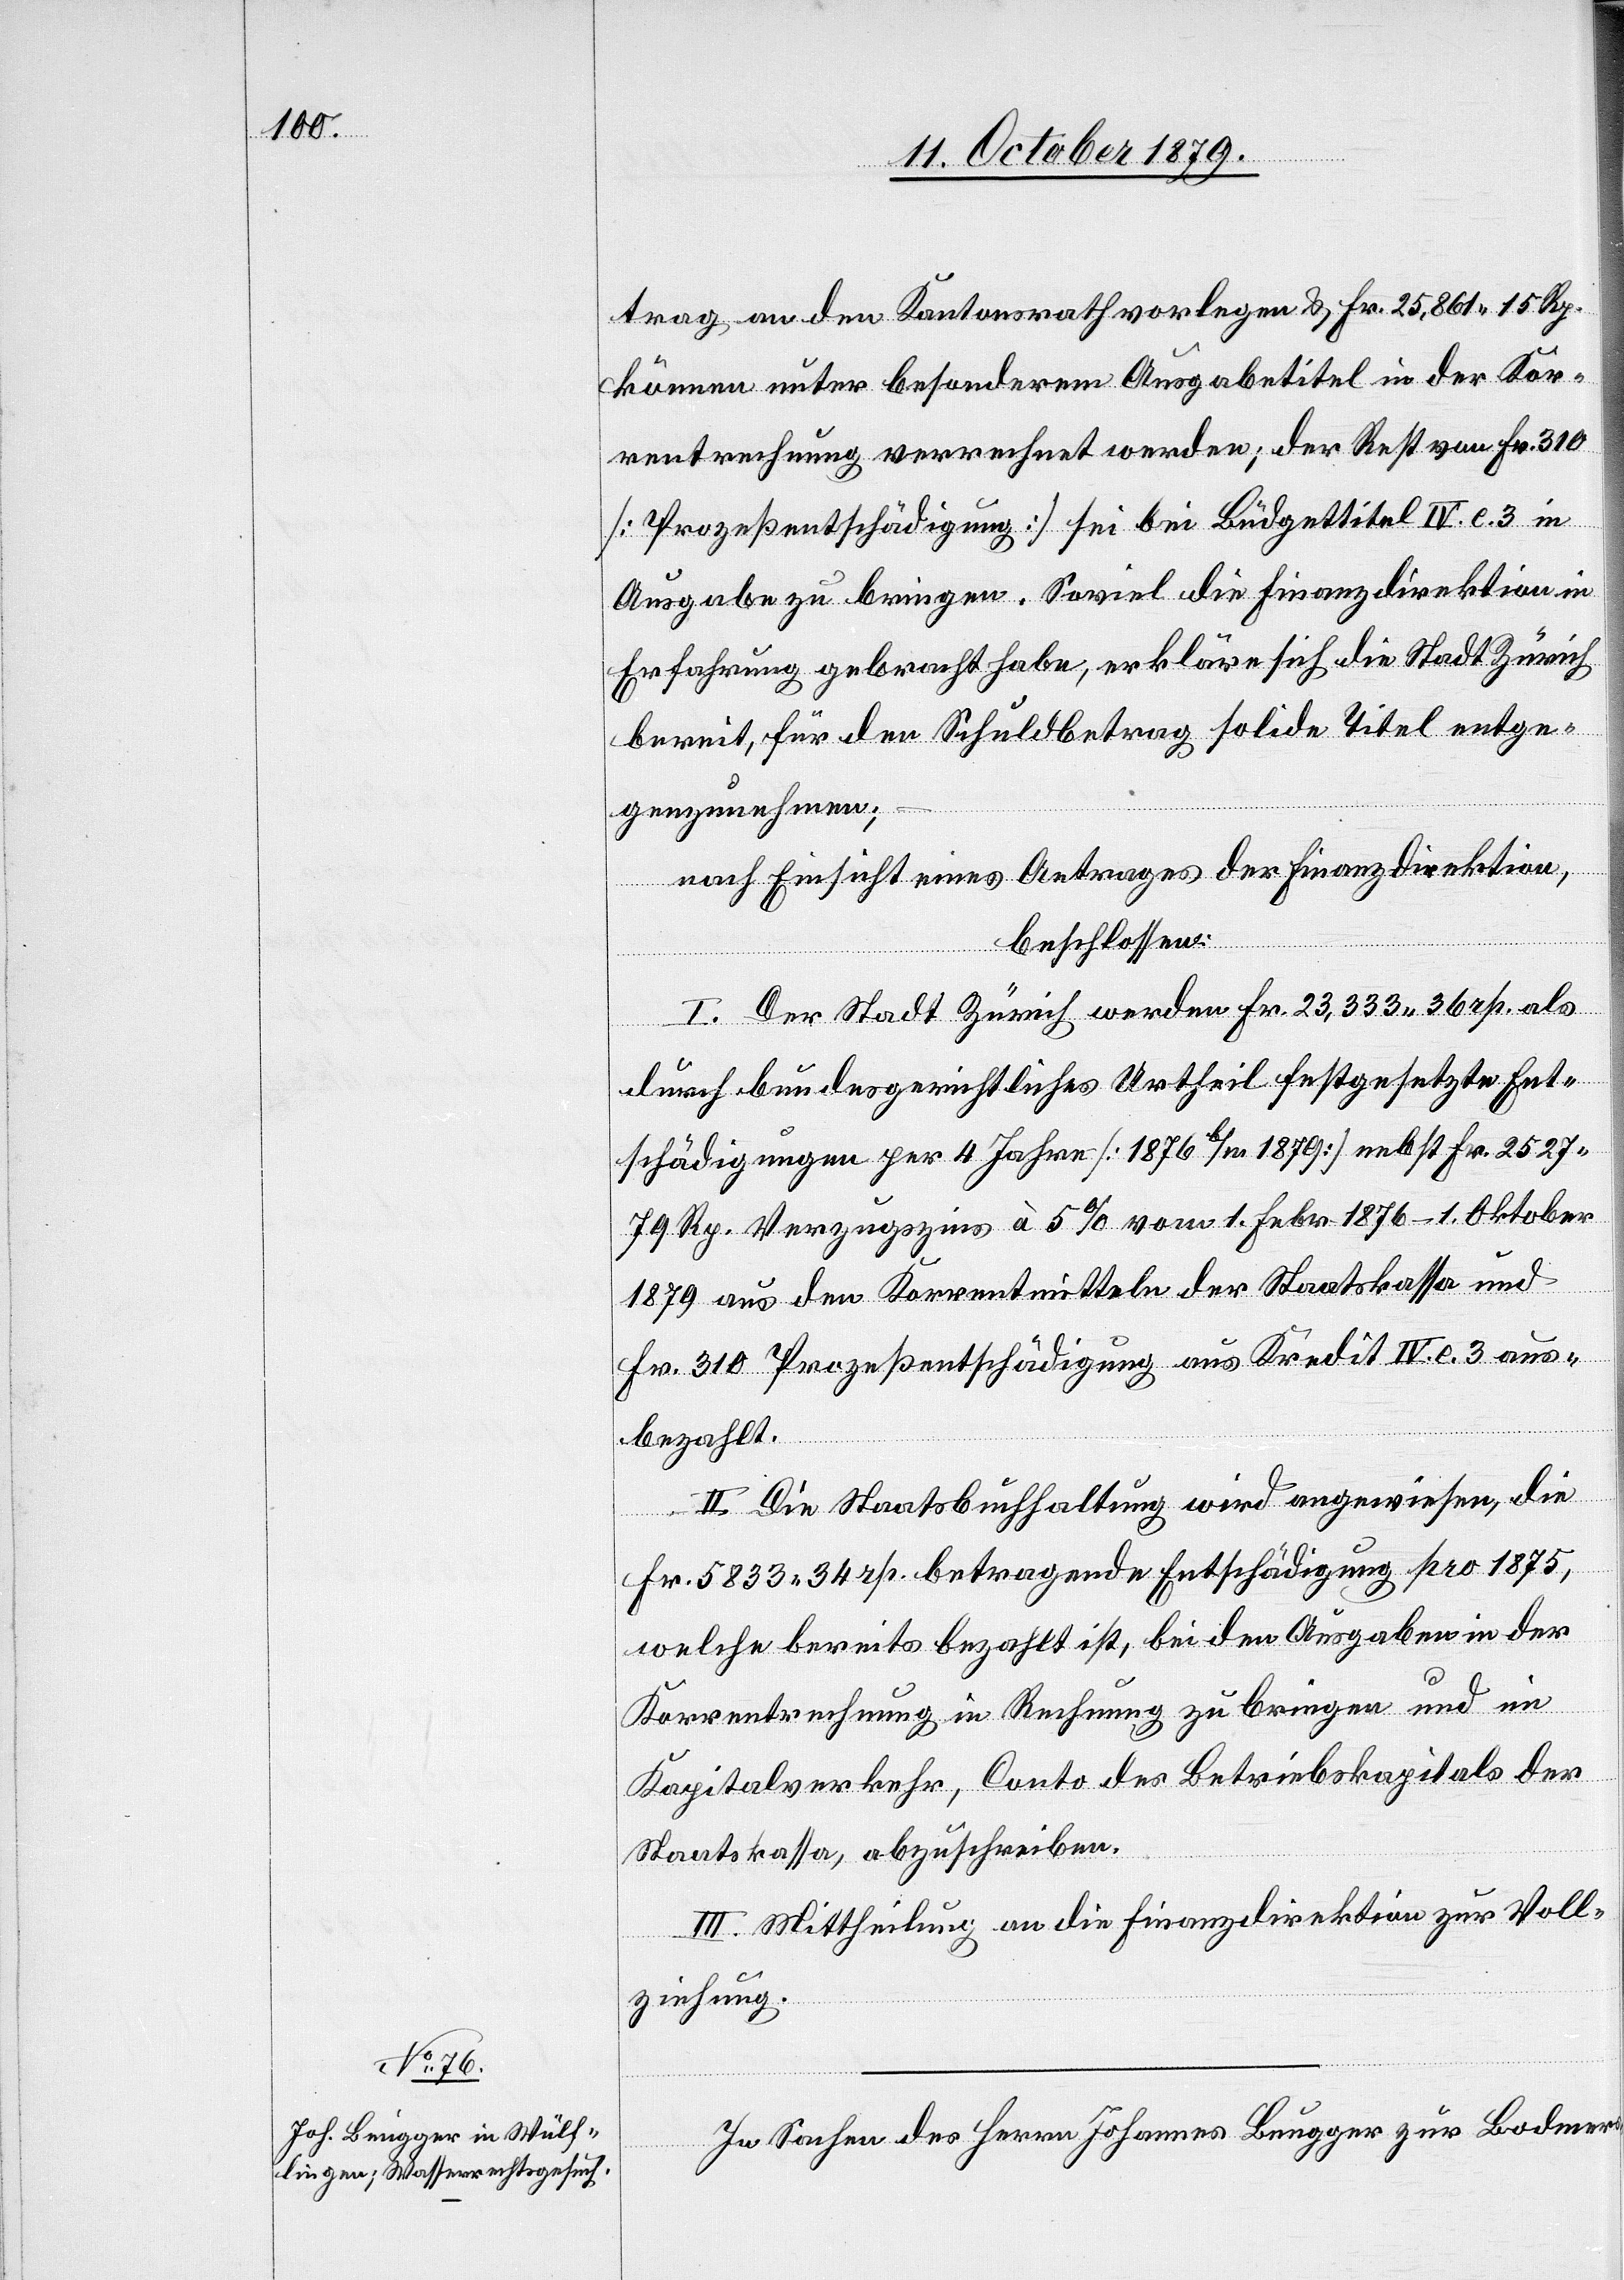
trag an den Kantonsrath vorlegen & Fr. 25,861 15 Rp.
können unter besonderem Ausgabetitel in der Kor¬
rentrechnung verrechnet werden; der Rest von Fr. 310
[Prozeßentschädigung] sei bei Büdgettitel IV. e. 3 in
Ausgabe zu bringen. Soviel die Finanzdirektion in
Erfahrung gebracht habe, erkläre sich die Stadt Zürich
bereit, für den Schuldbetrag solide Titel entge¬
genzunehmen;
nach Einsicht eines Antrages der Finanzdirektion,
beschlossen:
I. Der Stadt Zürich werden Fr. 23, 333 36 rp. als
durch bundesgerichtliches Urtheil festgesetzte Ent¬
schädigungen per 4 Jahre [1876 b/m 1879] nebst Fr. 2527
79 Rp. Verzugszins à 5% vom 1. Febr. 1876–1. Oktober
1879 aus den Korrentmitteln der Staatskasse und
Fr. 310 Prozeßentschädigung aus Kredit IV. e. 3 aus¬
bezahlt.
II. Die Staatsbuchhaltung wird angewiesen, die
Fr. 5833 34 rp. betragende Entschädigung pro 1875,
welche bereits bezahlt ist, bei den Ausgaben in der
Korrentrechnung in Rechnung zu bringen und im
Kapitalverkehr, Conto des Betriebskapitals der
Staatskasse, abzuschreiben.
III. Mittheilung an die Finanzdirektion zur Voll¬
ziehung.
In Sachen des Herrn Johannes Beugger zur Bodmers-